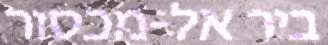
ביר אל-מכסור